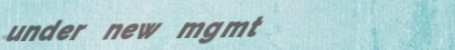
under new mgmt